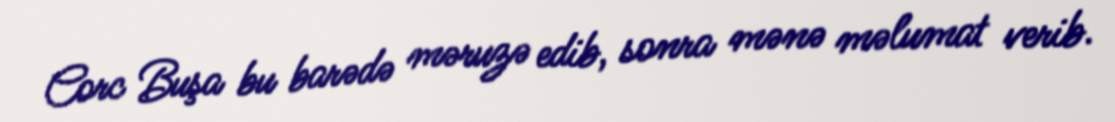
Corc Buşa bu barədə məruzə edib, sonra mənə məlumat verib.